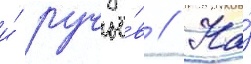
и́ ручьё́в // На́